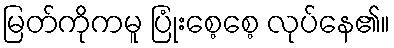
မြတ်ကိုကမူ ပြုံးစေ့စေ့ လုပ်နေ၏။